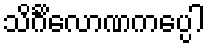
သိင်္ဂိလောဏကပ္ပေါ